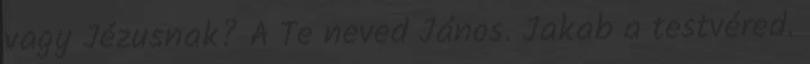
vagy Jézusnak? A Te neved János. Jakab a testvéred.